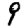
Digit: 9